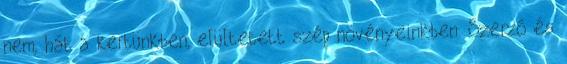
nem, hát a kertünkben, elültetett szép növényeinkben. Szerző és